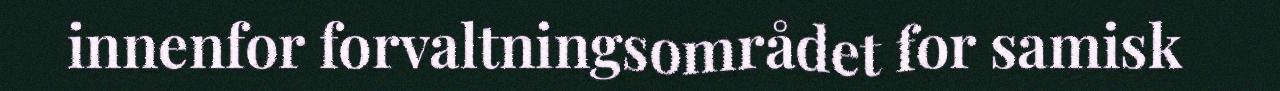
innenfor forvaltningsområdet for samisk